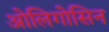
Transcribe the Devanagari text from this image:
ओलिगोसिन